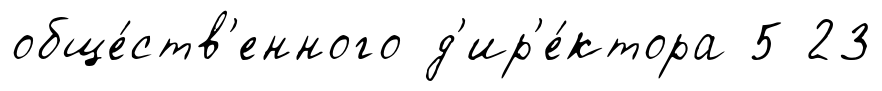
обще́ств'енного д'ир'е́ктора 5 23